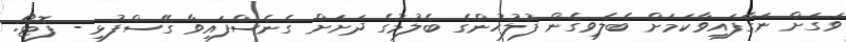
ވަގަށް ނަގާފައިވާކަމަށް ބެލެވިގެން ފުލުހުންގެ ބެލުމުގެ ދަށަށް ގެނެސްފައިވާ ގޭސްފުޅި - ފޮޓޯ: